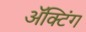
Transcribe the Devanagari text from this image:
अॅक्टिंग